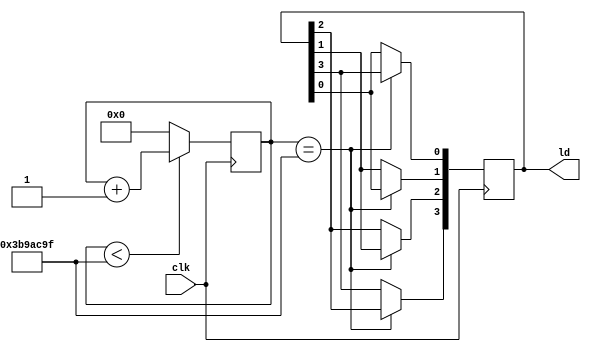
`timescale 1ns / 1ps
//////////////////////////////////////////////////////////////////////////////////
// Company: 
// Engineer: 
// 
// Design Name: 
// Module Name: task_21_201911955
// Project Name: 
// Target Devices: 
// Tool Versions: 
// Description: 
// 
// Dependencies: 
// 
// Revision:
// Revision 0.01 - File Created
// Additional Comments:
// 
//////////////////////////////////////////////////////////////////////////////////


module task_21_201911955(
    input clk,
    output [3:0]ld
);
reg [3:0]sreg;
reg [31:0]upcnt;
//AbvJE^32rbg

parameter UMAX = 62500000-1;

initial begin
    sreg<=4'b0001;
end
always@(posedge clk)begin
    if(upcnt< UMAX)begin
        upcnt <= upcnt + 1;
    end else begin
        upcnt <= 0;
    end
end

always@(posedge clk)begin
    if(upcnt == UMAX)begin
        sreg[3] <= sreg[2];
        sreg[2] <= sreg[1];
        sreg[1] <= sreg[0];
        sreg[0] <= sreg[3];
    end
end


assign ld = sreg;
endmodule